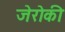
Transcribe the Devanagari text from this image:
जेरोकी